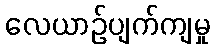
လေယာဉ်ပျက်ကျမှု